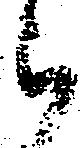
被